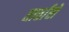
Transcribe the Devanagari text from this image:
तार्तारों